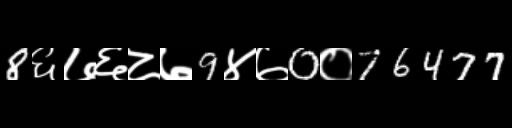
Text: 8६७६८७9४७0०76477